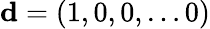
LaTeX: {\mathbf d}=(1,0,0,\dots 0)